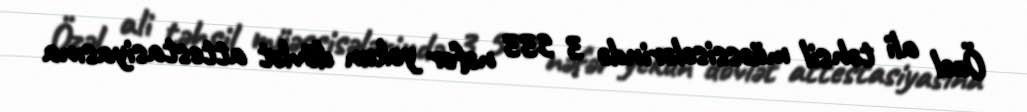
Özəl ali təhsil müəssisələrində 3 533 nəfər yekun dövlət attestasiyasına